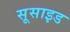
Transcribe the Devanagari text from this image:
सूसाइड